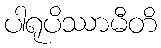
ပါရုပိဿာမီတိ